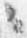
々